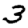
Digit: 3